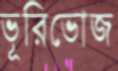
ভূরিভোজ